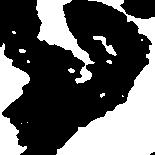
を